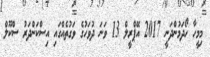
މިމީހާ ހޯދަމުންދަނީ 2017 އޭޕްރީލް 13 ވަނަ ދުވަހުގެ ވަގުތެއްގައި އިސްކަންދަރު ސްކޫލް